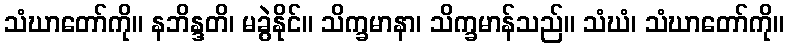
သံဃာတော်ကို။ နဘိန္ဒတိ၊ မခွဲနိုင်။ သိက္ခမာနာ၊ သိက္ခမာန်သည်။ သံဃံ၊ သံဃာတော်ကို။